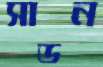
সাডন